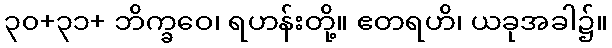
၃၀+၃၁+ ဘိက္ခဝေ၊ ရဟန်းတို့။ ဧတရဟိ၊ ယခုအခါ၌။